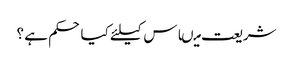
شریعت میںاس کیلئے کیا حکم ہے ؟